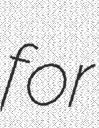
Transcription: for